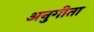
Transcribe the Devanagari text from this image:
अनुगीता